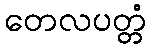
တေလပတ္တံ